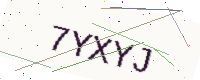
Text: 7YXYJ